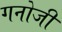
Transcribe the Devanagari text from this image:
गनोजी